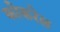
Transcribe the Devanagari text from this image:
कोकरेल